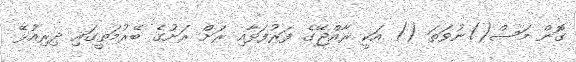
ގޮން މަސް()ނުވަތަ () އަކީ ރާއްޖޭގެ ފަރުފަޅާއި ރަށް ރަށުގެ ބޭރުމަތީގައި ދިރިއުޅޭ